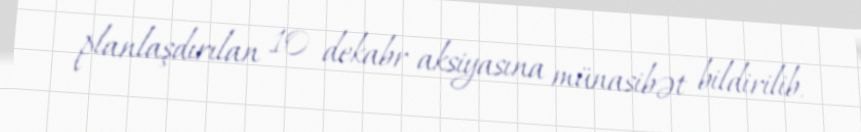
planlaşdırılan 10 dekabr aksiyasına münasibət bildirilib.